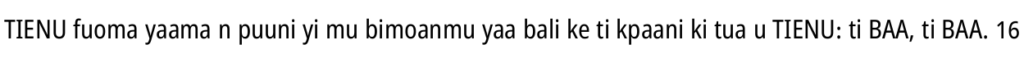
TIENU fuoma yaama n puuni yi mu bimoanmu yaa bali ke ti kpaani ki tua u TIENU: ti BAA, ti BAA. 16